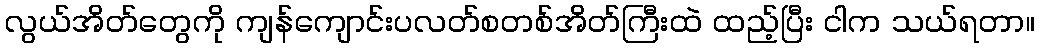
လွယ်အိတ်တွေကို ကျန်ကျောင်းပလတ်စတစ်အိတ်ကြီးထဲ ထည့်ပြီး ငါက သယ်ရတာ။